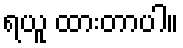
ရယူ ထားတာပါ။